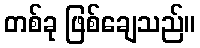
တစ်ခု ဖြစ်ချေသည်။